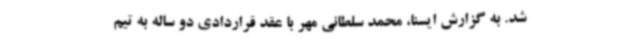
شد. به گزارش ایسنا، محمد سلطانی مهر با عقد قراردادی دو ساله به تیم